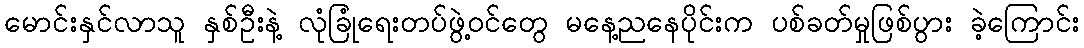
မောင်းနှင်လာသူ နှစ်ဦးနဲ့ လုံခြုံရေးတပ်ဖွဲ့ဝင်တွေ မနေ့ညနေပိုင်းက ပစ်ခတ်မှုဖြစ်ပွား ခဲ့ကြောင်း